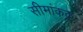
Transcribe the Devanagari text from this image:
सीमांकक